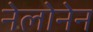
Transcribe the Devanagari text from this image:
नेलोनेन